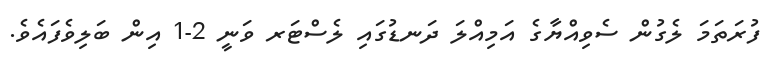
ފުރަތަމަ ލެގުން ސެވިއްޔާގެ އަމިއްލަ ދަނޑުގައި ލެސްޓަރ ވަނީ 2-1 އިން ބަލިވެފައެވެ.